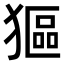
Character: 𤠾